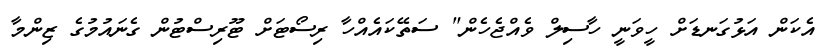
އެކަން އަޅުގަނޑަށް ހީވަނީ ހާސިލް ވެއްޖެހެން" ސަތޭކައެއްހާ ރިސޯޓަށް ޓޫރިސްޓުން ގެނައުމުގެ ޒިންމާ